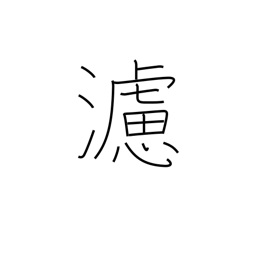
Meaning: filter